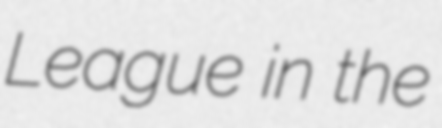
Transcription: League in the